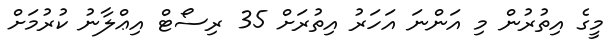
މީގެ އިތުރުން މި އަންނަ އަހަރު އިތުރަށް 35 ރިސޯޓް އިޢްލާނު ކުރުމަށް